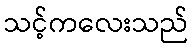
သင့်ကလေးသည်